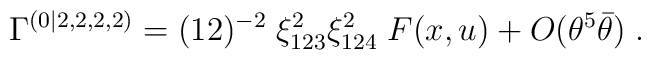
\Gamma^{(0|2,2,2,2)} = (12)^{-2}\;{\xi_{123}^2 \xi_{124}^2   }\;    F(x,u) + O(\theta^5\bar\theta)\;.